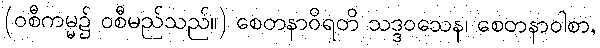
(ဝစီကမ္မ၌ ဝစီမည်သည်။) စေတနာဝိရတိ သဒ္ဒဝသေန၊ စေတနာဝါစာ,